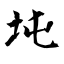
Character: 坉